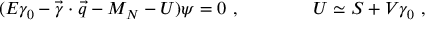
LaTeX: ( E \gamma _ { 0 } - \vec { \gamma } \cdot \vec { q } - M _ { N } - U ) \psi = 0 \ , \qquad \qquad U \simeq S + V \gamma _ { 0 } \ ,